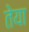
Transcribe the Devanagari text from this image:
तेया